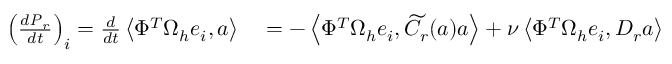
\begin{array} { r l } { \left( \frac { d \boldsymbol { P } _ { r } } { d t } \right) _ { i } = \frac { d } { d t } \left< \Phi ^ { T } \Omega _ { h } \boldsymbol { e } _ { i } , \boldsymbol { a } \right> } & { { } = - \left< \Phi ^ { T } \Omega _ { h } \boldsymbol { e } _ { i } , \widetilde { C } _ { r } ( \boldsymbol { a } ) \boldsymbol { a } \right> + \nu \left< \Phi ^ { T } \Omega _ { h } \boldsymbol { e } _ { i } , D _ { r } \boldsymbol { a } \right> } \end{array}